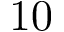
1 0